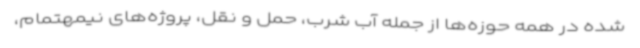
شده در همه حوزه‌ها از جمله آب شرب، حمل و نقل، پروژه‌های نیمهتمام،